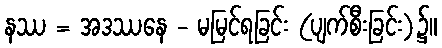
နဿ = အဒဿနေ - မမြင်ရခြင်း (ပျက်စီးခြင်း)၌။